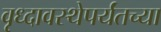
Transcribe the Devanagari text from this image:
वृध्दावस्थेपर्यंतच्या